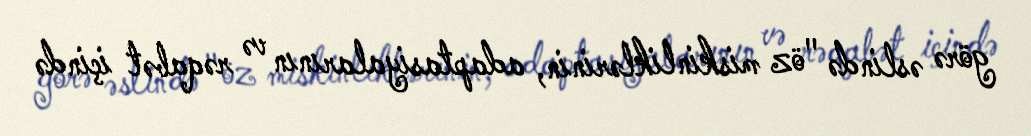
görə əslində "öz miskinliklərinin, adaptasiyalarının və rəqabət içində